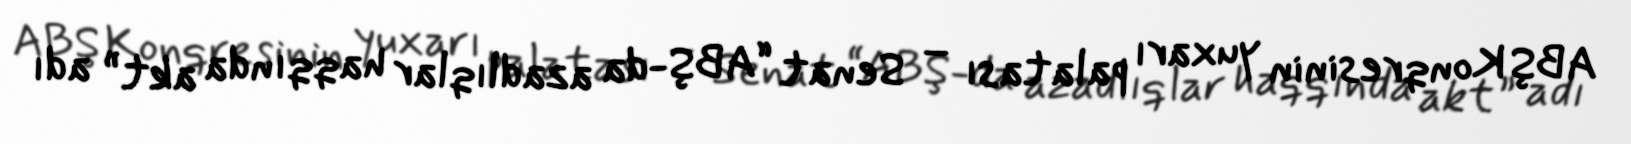
ABŞ Konqresinin yuxarı palatası – Senat “ABŞ-da azadlıqlar haqqında akt” adı